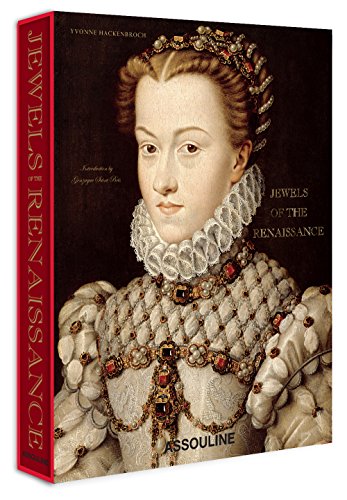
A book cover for Jewels of the Renaissance; Yvonne Hackenbroch; Humor & Entertainment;